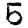
Digit: 5